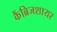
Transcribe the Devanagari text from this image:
कैंब्रिजशायर